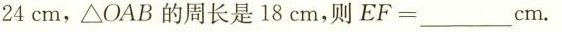
24cm，△OAB的周长是18cm，则EF=___cm。